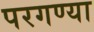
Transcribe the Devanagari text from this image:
परगण्या